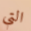
التي